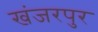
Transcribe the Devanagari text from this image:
खंजरपुर